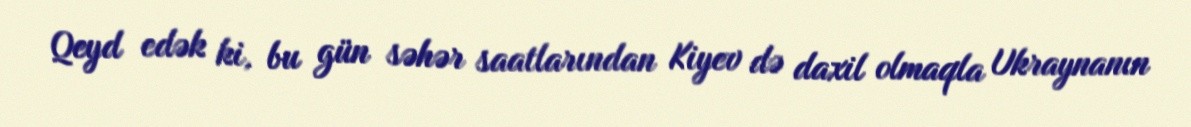
Qeyd edək ki, bu gün səhər saatlarından Kiyev də daxil olmaqla Ukraynanın